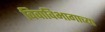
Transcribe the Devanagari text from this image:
विवाविभागाच्या